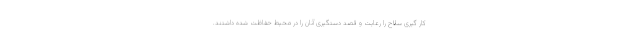
کار گیری سلاح را رعایت و قصد دستگیری آنان را در محیط حفاظت شده داشتند.